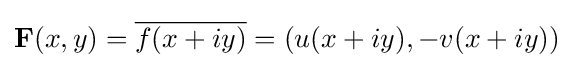
\mathbf {F} (x,y)={\overline {f(x+iy)}}=(u(x+iy),-v(x+iy))